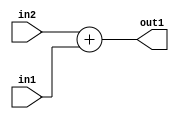
`timescale 1ps / 1ps
/*****************************************************************************
    Verilog RTL Description
    
    Generated at: 23:12:04 CST (+0800), Saturday 16 November 2019
    Generated on: ic58.cs.nthu.edu.tw
    Generated by: mc03 ()
    
    Created by: Stratus DpOpt 2017.1.02 
    Copyright (c) 2014-2015 Cadence Design Systems. All rights reserved worldwide.
    
    Cadence Design Systems proprietary and confidential
    ===================================================
    
    May contain information that incorporates Cadence Design Systems CellMath
    and other inventions claimed in Pending U.S. Patents.
    
    May contain Cadence Design Systems Trade Secrets of which use, disclosure or
    reproduction is contractually restricted or prohibited.  For more
    information, contact your legal department before any use, disclosure or
    reproduction.
*******************************************************************************/

module SobelFilter_Add_4Ux2U_4U_4 (
	in2,
	in1,
	out1
	); /* architecture "behavioural" */ 
input [3:0] in2;
input [1:0] in1;
output [3:0] out1;
wire [3:0] asc001;

assign asc001 = 
	+(in2)
	+(in1);

assign out1 = asc001;
endmodule

/* CADENCE  ubD4TQk= : u9/ySgnYtBlWxVDRUQkU4ug= ** DO NOT EDIT THIS LINE ******/